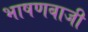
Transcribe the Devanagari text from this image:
भाषणबाजी